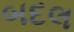
બદલ